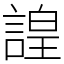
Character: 諻